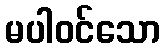
မပါဝင်သော